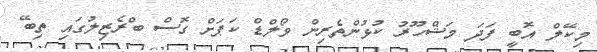
މިކޭލް އޮބީ ފަދަ މަޝްހޫރު ކުޅުންތެރިން ވޯލްޑް ކަޕަށް ގޮސް ބްރެޒިލުގައި ތިބޭ